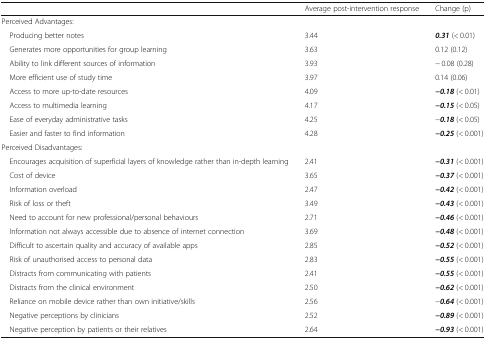
|  | Average post-intervention response | Change (p) |
 | --- | --- | --- |
 | <COLSPAN=3> Perceived Advantages: |
 | Producing better notes | 3.44 | 0.31 (< 0.01) |
 | Generates more opportunities for group learning | 3.63 | 0.12 (0.12) |
 | Ability to link different sources of information | 3.93 | − 0.08 (0.28) |
 | More efficient use of study time | 3.97 | 0.14 (0.06) |
 | Access to more up-to-date resources | 4.09 | −0.18 (< 0.01) |
 | Access to multimedia learning | 4.17 | −0.15 (< 0.05) |
 | Ease of everyday administrative tasks | 4.25 | −0.18 (< 0.05) |
 | Easier and faster to find information | 4.28 | −0.25 (< 0.001) |
 | <COLSPAN=3> Perceived Disadvantages: |
 | Encourages acquisition of superficial layers of knowledge rather than in-depth learning | 2.41 | −0.31 (< 0.001) |
 | Cost of device | 3.65 | −0.37 (< 0.001) |
 | Information overload | 2.47 | −0.42 (< 0.001) |
 | Risk of loss or theft | 3.49 | −0.43 (< 0.001) |
 | Need to account for new professional/personal behaviours | 2.71 | −0.46 (< 0.001) |
 | Information not always accessible due to absence of internet connection | 3.69 | −0.48 (< 0.001) |
 | Difficult to ascertain quality and accuracy of available apps | 2.85 | −0.52 (< 0.001) |
 | Risk of unauthorised access to personal data | 2.83 | −0.55 (< 0.001) |
 | Distracts from communicating with patients | 2.41 | −0.55 (< 0.001) |
 | Distracts from the clinical environment | 2.50 | −0.62 (< 0.001) |
 | Reliance on mobile device rather than own initiative/skills | 2.56 | −0.64 (< 0.001) |
 | Negative perceptions by clinicians | 2.52 | −0.89 (< 0.001) |
 | Negative perception by patients or their relatives | 2.64 | −0.93 (< 0.001) |